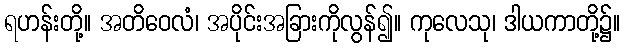
ရဟန်းတို့။ အတိဝေလံ၊ အပိုင်းအခြားကိုလွန်၍။ ကုလေသု၊ ဒါယကာတို့၌။